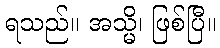
ရသည်။ အသ္မိ၊ ဖြစ်ပြီ။